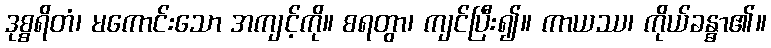
ဒုစ္စရိတံ၊ မကောင်းသော အကျင့်ကို။ စရတွာ၊ ကျင်ပြီး၍။ ကာယဿ၊ ကိုယ်ခန္ဓာ၏။